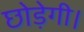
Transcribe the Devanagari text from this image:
छोड़ेगी।